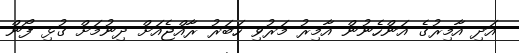
އަދި އާމިރުގެ އަންހެނުން އާމިރު މަރުވި ހަބަރު ރާއްޖެއަށް ދިނުމަށް ގުޅި ފޯން